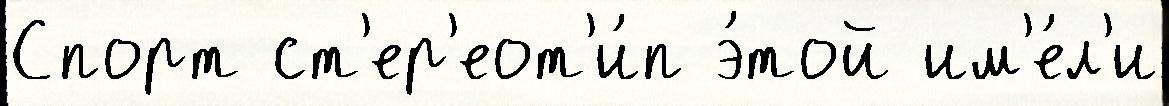
Спорт ст'ер'еот'и́п э́той им'е́л'и